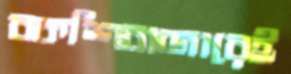
বকশিবাজারেই